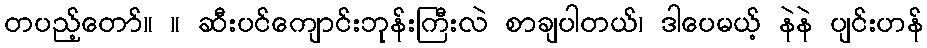
တပည့်တော်။ ။ ဆီးပင်ကျောင်းဘုန်းကြီးလဲ စာချပါတယ်၊ ဒါပေမယ့် နဲနဲ ပျင်းဟန်